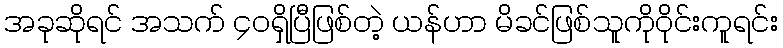
အခုဆိုရင် အသက် ၄၀ရှိပြီဖြစ်တဲ့ ယန်ဟာ မိခင်ဖြစ်သူကိုဝိုင်းကူရင်း